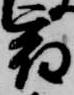
宿